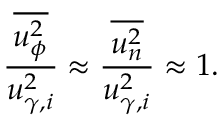
\frac { \overline { { u _ { \phi } ^ { 2 } } } } { u _ { \gamma , i } ^ { 2 } } \approx \frac { \overline { { u _ { n } ^ { 2 } } } } { u _ { \gamma , i } ^ { 2 } } \approx 1 .